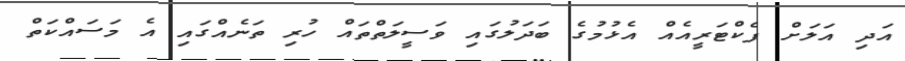
އަދި އަލަށް ފެކްޓަރީއެއް އެޅުމުގެ ބަދަލުގައި ވަސީލަތްތައް ހުރި ތަނެއްގައި އެ މަސައްކަތް